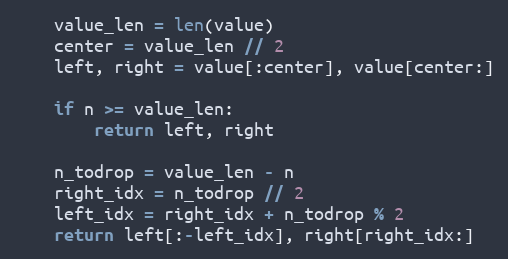
Language: Python
    value_len = len(value)
    center = value_len // 2
    left, right = value[:center], value[center:]

    if n >= value_len:
        return left, right

    n_todrop = value_len - n
    right_idx = n_todrop // 2
    left_idx = right_idx + n_todrop % 2
    return left[:-left_idx], right[right_idx:]